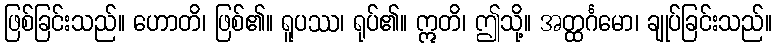
ဖြစ်ခြင်းသည်။ ဟောတိ၊ ဖြစ်၏။ ရူပဿ၊ ရုပ်၏။ ဣတိ၊ ဤသို့။ အတ္ထင်္ဂမော၊ ချုပ်ခြင်းသည်။